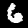
Digit: 6